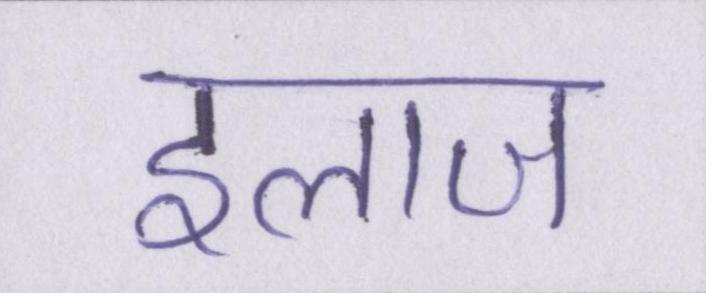
इलाज